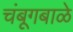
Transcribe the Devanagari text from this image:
चंबूगबाळे